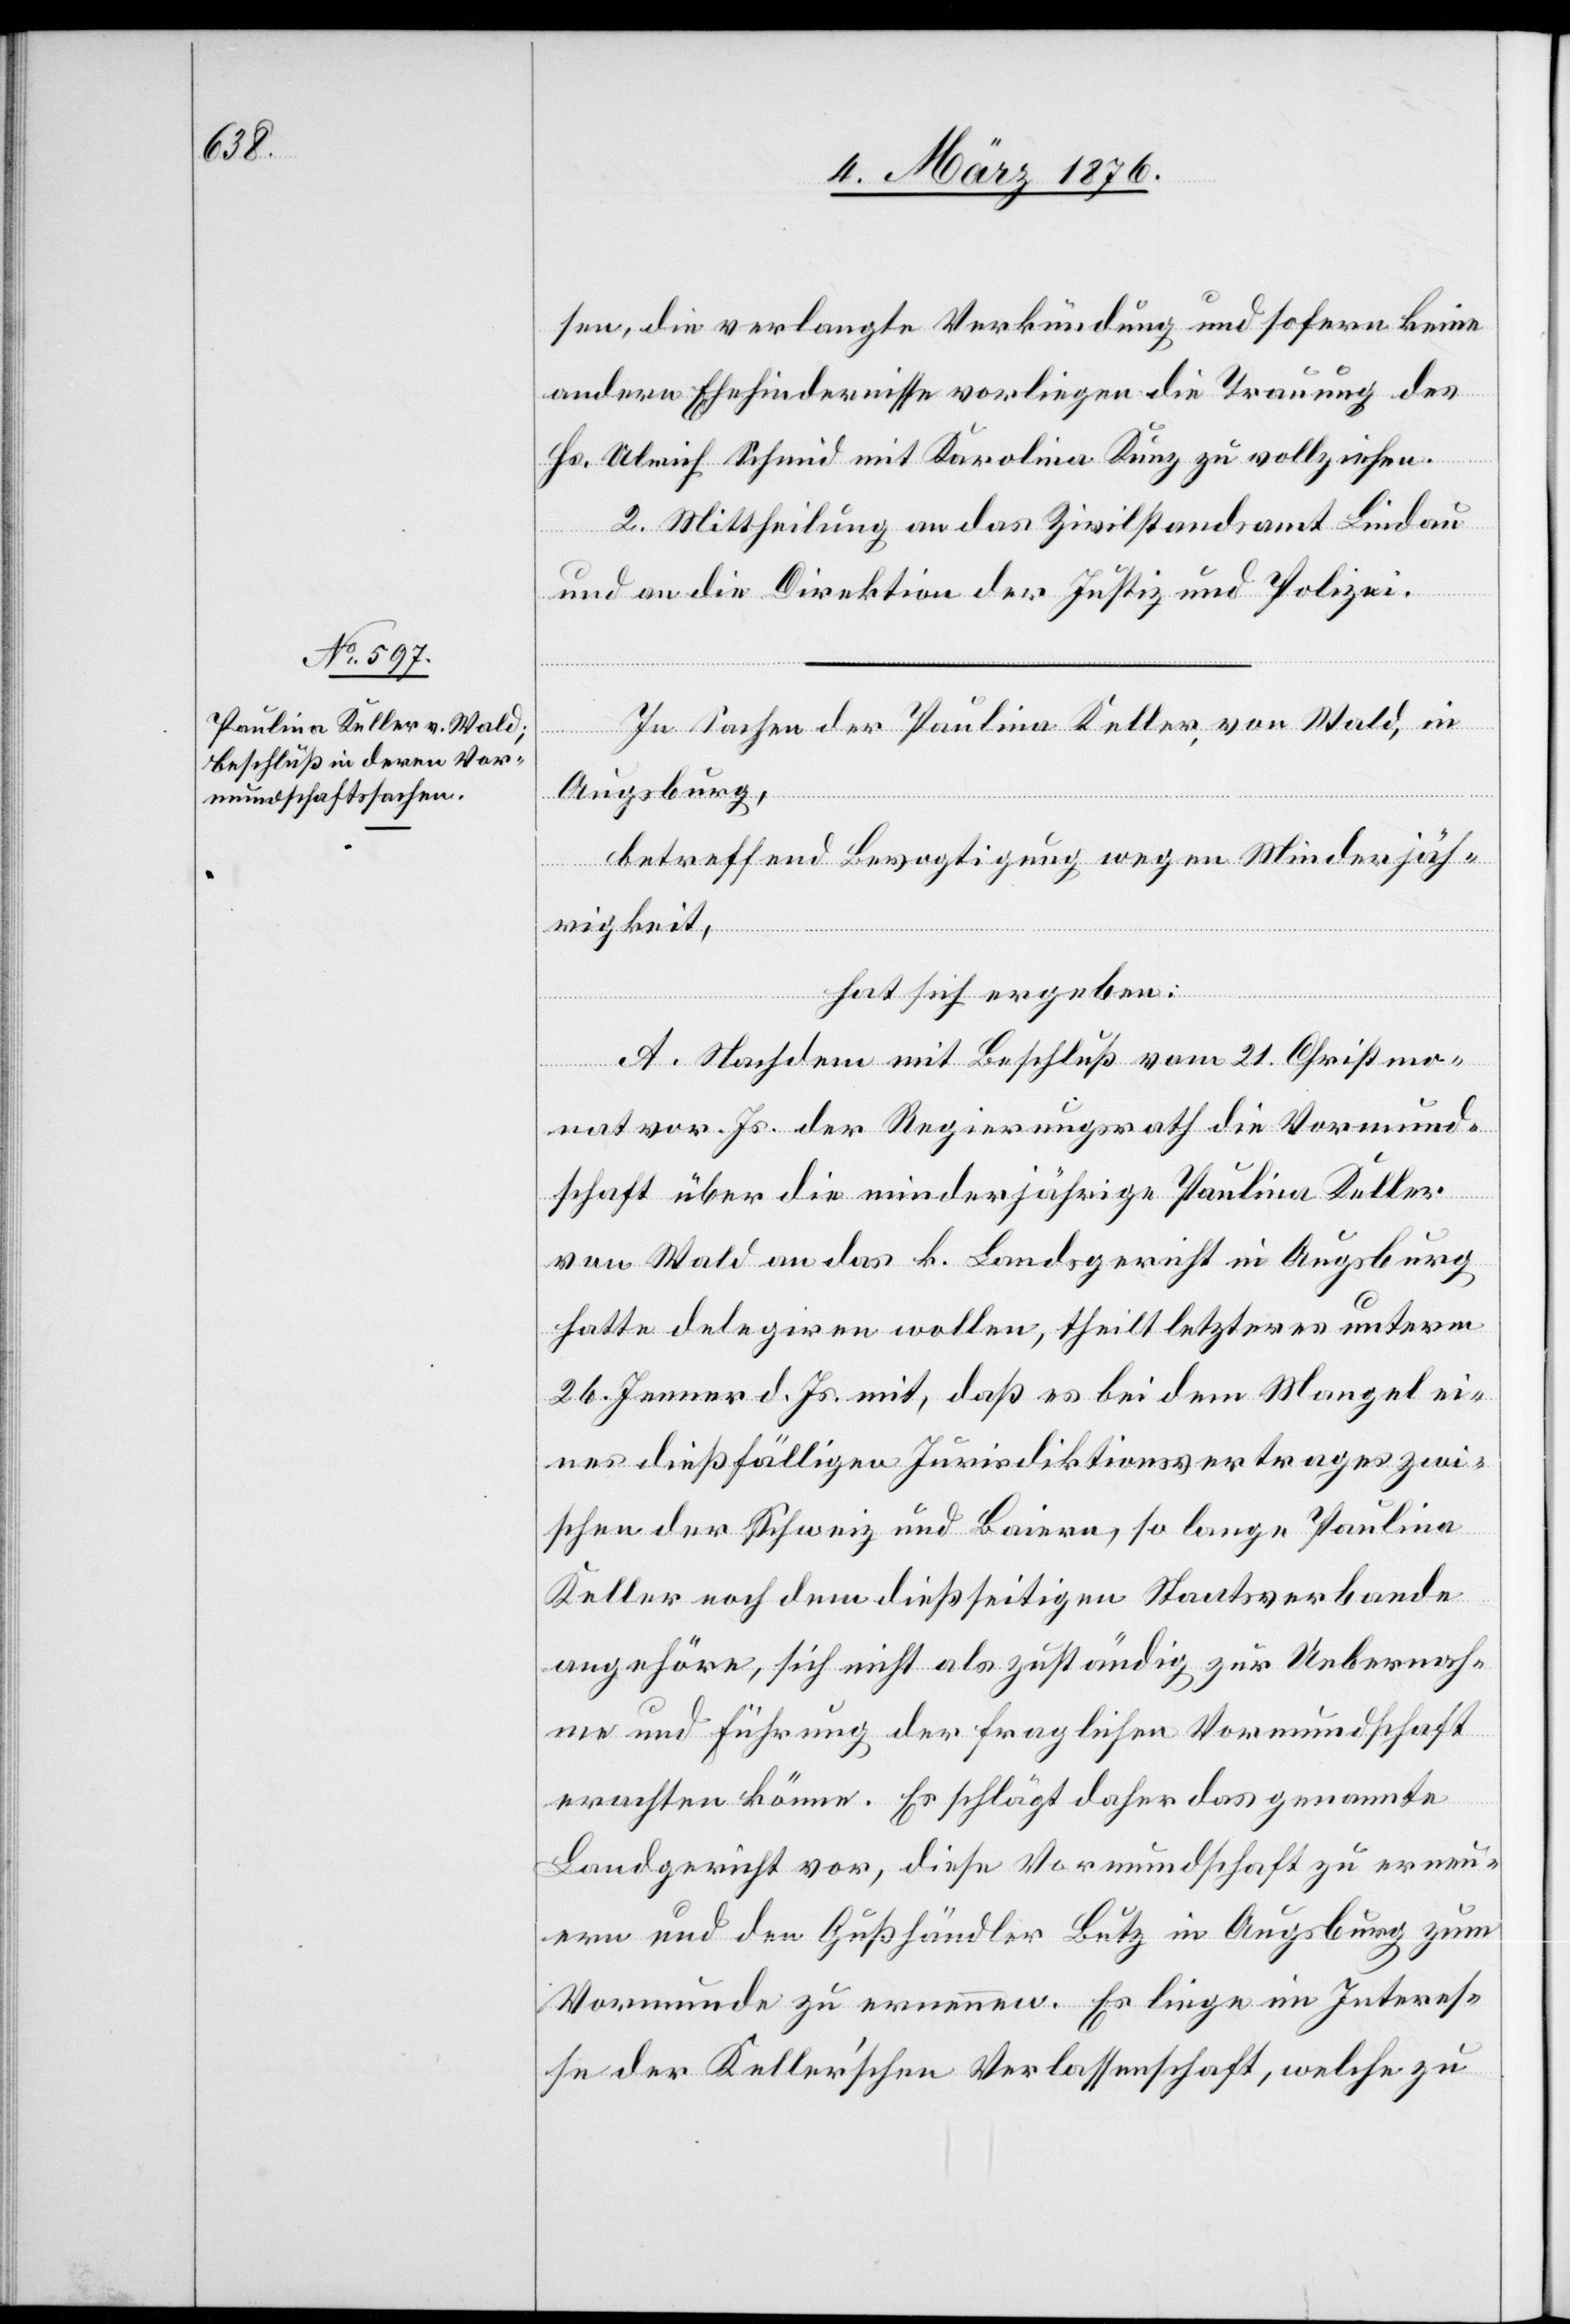
sen, die verlangte Verkündigung und sofern keine
anderen Ehehindernisse vorliegen die Trauung des
Hr. Ulrich Schmid mit Karolina Kunz zu vollziehen.
2. Mittheilung an das Zivilstandsamt Lindau
und an die Direktion der Justiz und Polizei.
In Sachen der Paulina Keller, von Wald, in
Augsburg,
betreffend Bevogtigung wegen Minderjäh¬
rigkeit,
hat sich ergeben:
A. Nachdem mit Beschluß vom 21. Christmo¬
nat vor. Js. der Regierungsrath die Vormund¬
schaft über die minderjährige Paulina Keller
von Wald an das k. Landsgericht in Augsburg
hatte delegiren wollen, theilt letzteres unterm
26. Jenner d. Js. mit, daß es bei dem Mangel ei¬
nes dießfälligen Jurisdiktionsvertrages zwi¬
schen der Schweiz und Baiern, so lange Paulina
Keller noch dem dießseitigen Staatsverbande
angehöre, sich nicht als zuständig zur Uebernah¬
me und Führung der fraglichen Vormundschaft
erachten könne. Es schlägt daher das genannte
Landgericht vor, diese Vormundschaft zu erneu¬
ern und den Gußhändler Lutz in Augsburg zum
Vormunde zu ernennen. Es liege im Interes¬
se der Keller’schen Verlassenschaft, welche zu